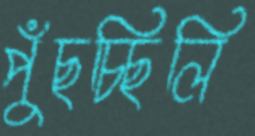
পুঁছচ্ছিলি